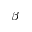
\beta